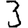
Digit: 3